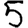
Digit: 5